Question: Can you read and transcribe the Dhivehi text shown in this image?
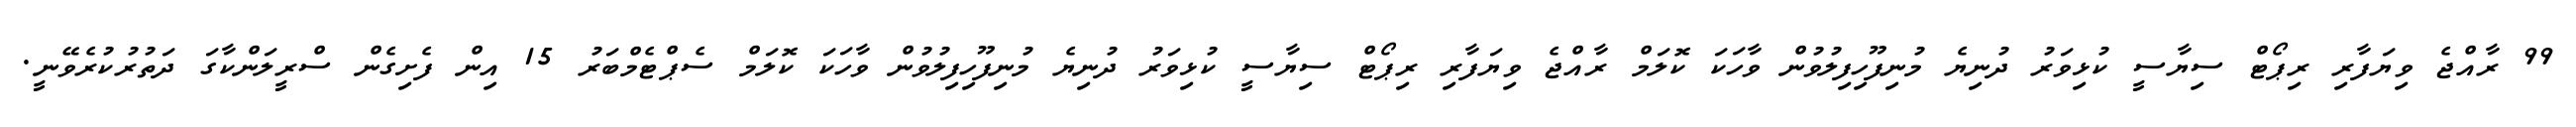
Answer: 99 ރާއްޖެ ވިޔަފާރި ރިޕޯޓް ސިޔާސީ ކުޅިވަރު ދުނިޔެ މުނިފޫހިފިލުވުން ވާހަކަ ކޮލަމް ރާއްޖެ ވިޔަފާރި ރިޕޯޓް ސިޔާސީ ކުޅިވަރު ދުނިޔެ މުނިފޫހިފިލުވުން ވާހަކަ ކޮލަމް ސެޕްޓެމްބަރު 15 އިން ފެށިގެން ސްރީލަންކާގަ ދަތުރުކުރެވޭނީ.